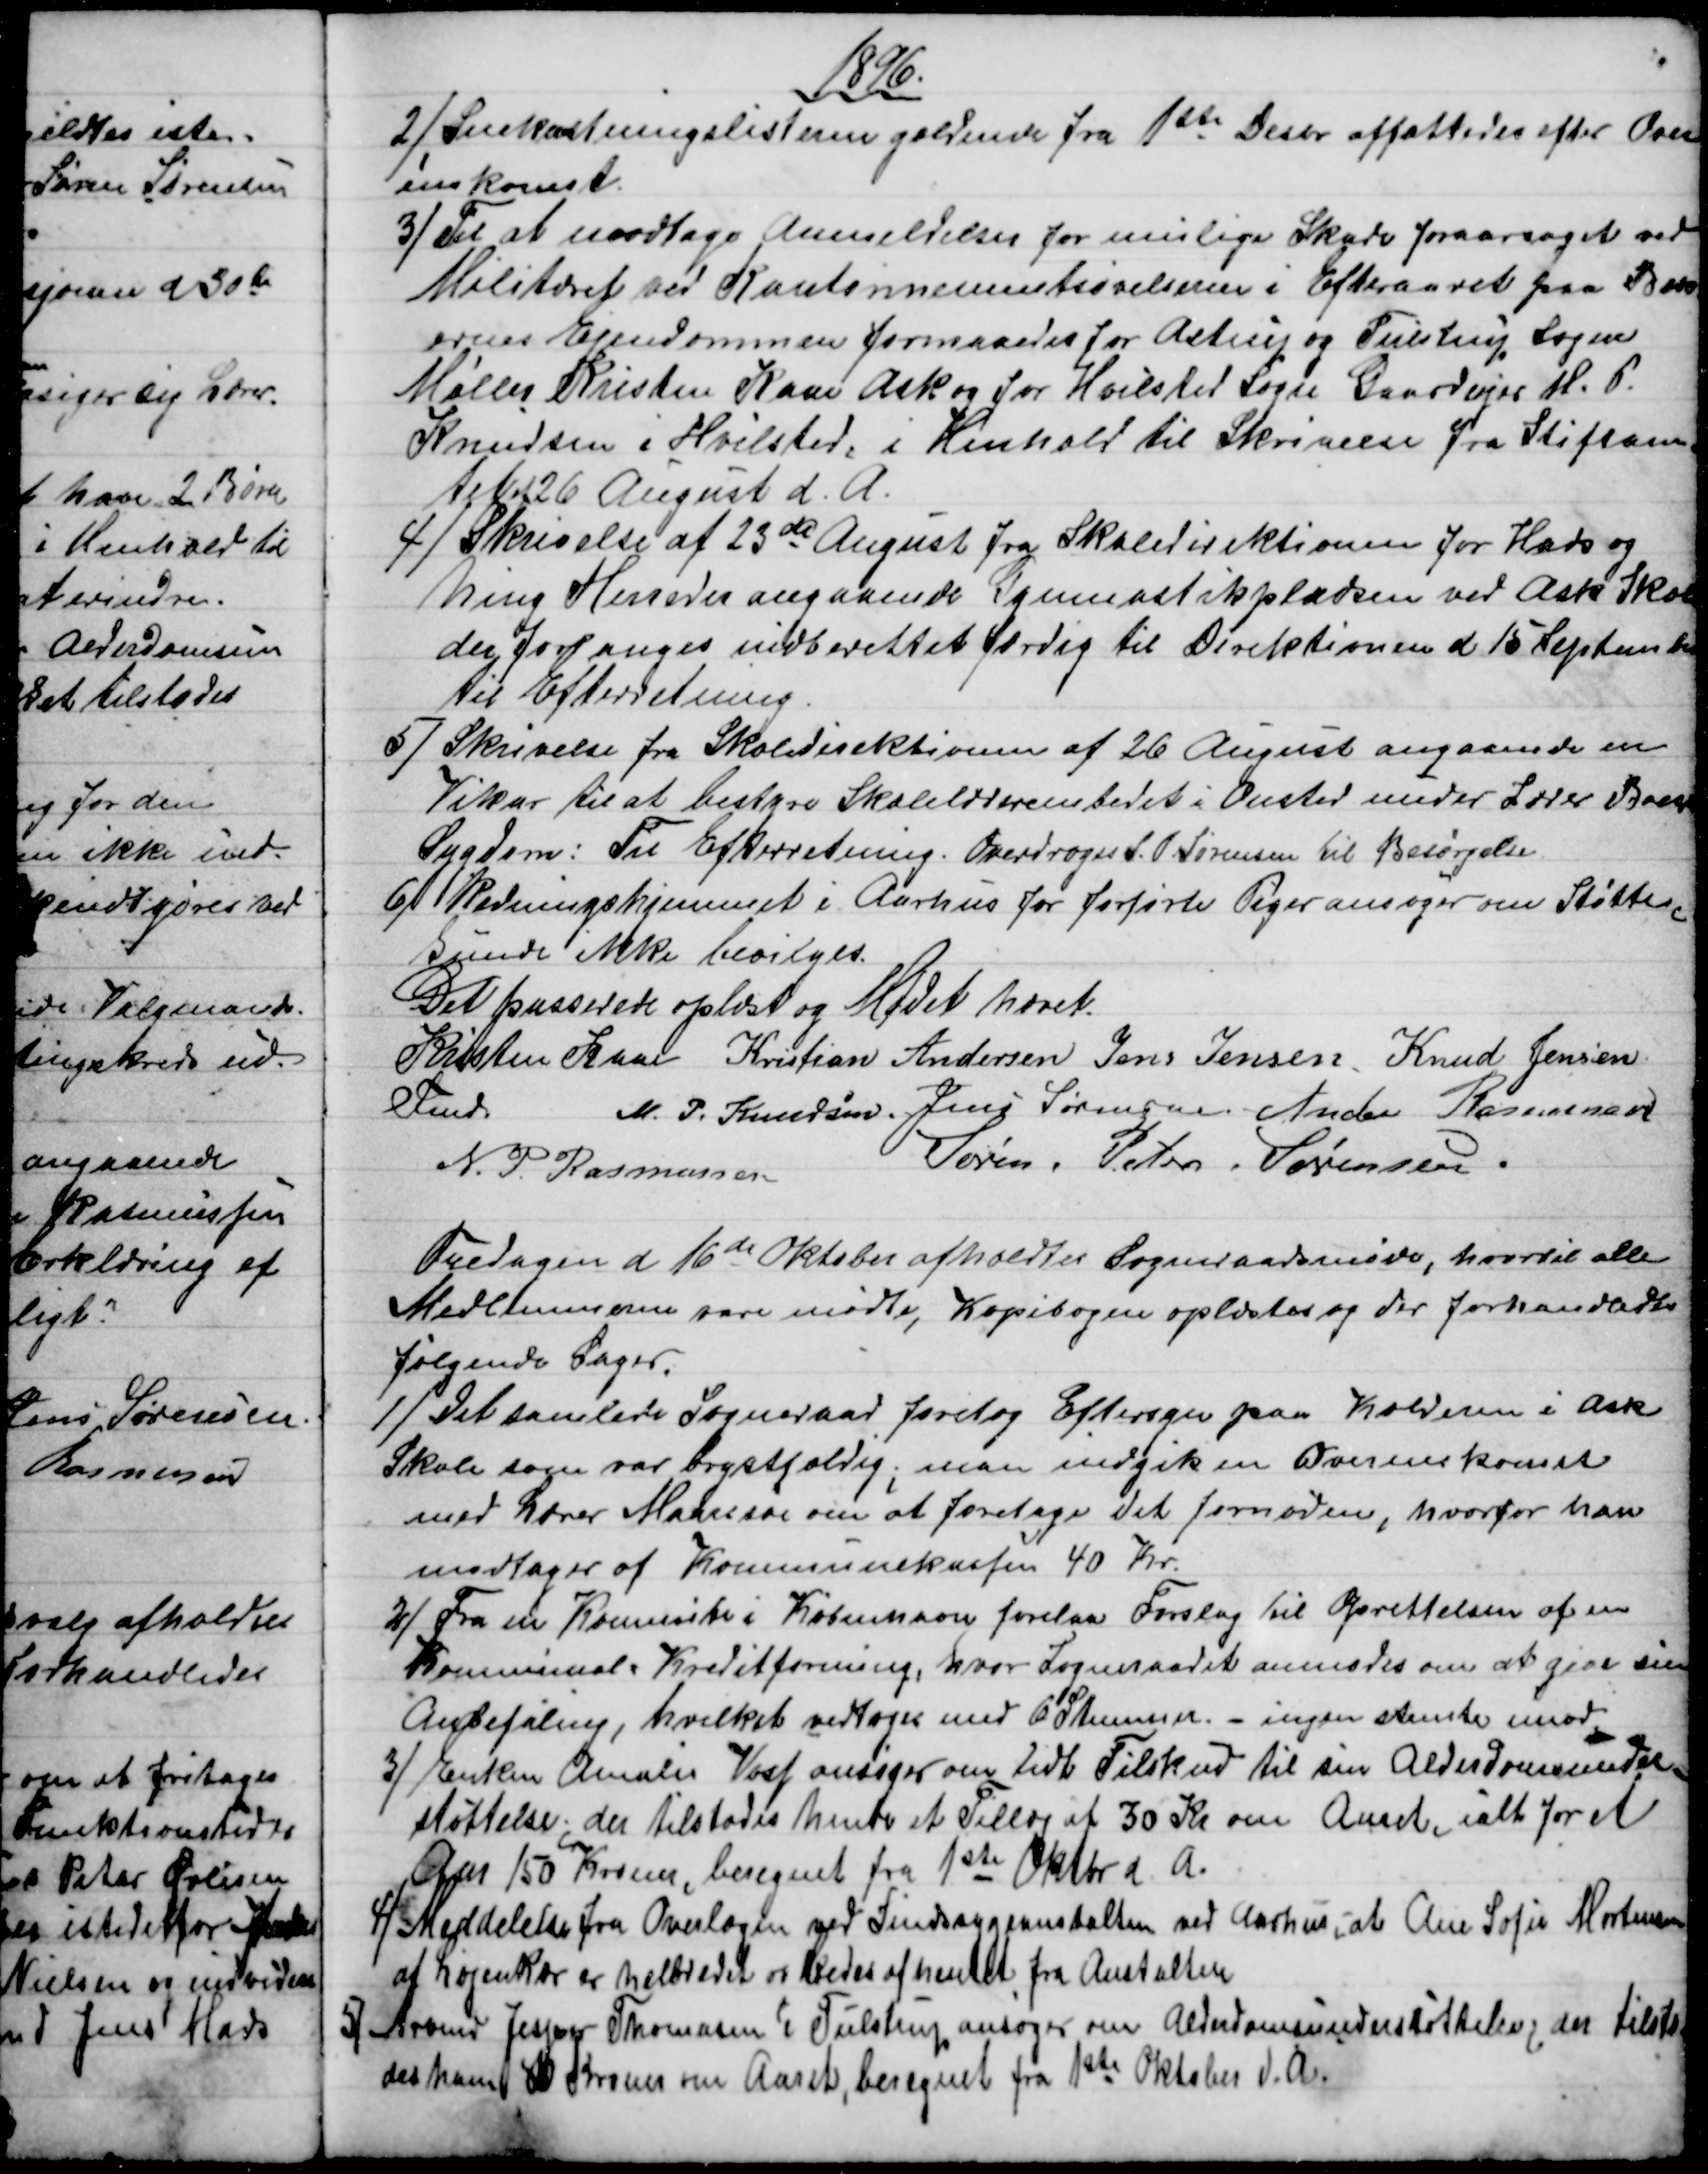
Transskription:
1896
2) 
Snekastningslisterne gældende fra 1ste Decbr affattedes efter Over
inskomst.
3)
Til at modtage Anmeldelser for mulige Skade foraarsaget ved
Militæret ved Kantonnementsøvelserne i Efteraaret paa Bebo
ernes Ejendommen formaaedes for Astrup og Tulstrup Sogne
Møller Kristen Kaae Ask og for Hvilsted Sogn Gaardejer M. P.
Knudsen i Hvilsted, i Henhold til Skrivelse fra Stiftam-
tet af 26 August d. A.
4) 
Skrivelse af 23de August fra Skoledirektionen for Hads og
Ning Herreder angaaende Gymnastikpladsen ved Ask Skole
der forlanges indberettet færdig til Direktionen d 15 September
Til Efterretning.
5) 
Skrivelse fra Skoledirektionen af 26 August angaaende en
Vikar til at bestyre Skolelærerembedet i Onsted under Lærer Boes
Sygdom. Til Efterretning. Overdroges S. P. Sørensen til Besørgelse.
6) 
Redningshjemmet i Aarhus for forførte Piger ansøger om Støtte,
kunde ikke bevilges.
Det passerede oplæst og Mødet hævet.
Kristen Kaae 
Fmd.
Kristian Andersen Jens Jensen. Knud Jensen
M. P. Knudsen. Jens Sørensen. Anders Rasmussen
N. P. Rasmussen
Søren. Peter. Sørensen.
Fredagen d 16de Oktober afholdtes Sogneraadsmøde, hvortil alle
Medlemmerne vare mødte, Kopibogen oplæstes og der forhandledes
følgende Sager.
1) 
Det samlede Sogneraad foretog Eftersyn paa Kælderen i Ask
Skole som var brystfældig; man indgik en Overenskomst
med Lærer Maansøe om at foretage det fornødne, hvorfor han
modtager af Kommunekassen 40 Kr.
2) 
Fra en Kommite i København forelaa Forslag til Oprettelsen af en
Kommunal Kreditforening, hvor Sogneraadet anmodes om at give sin
Anbefaling, hvilket vedtoges med 6 Stemmer. - ingen stemte imod,
3) 
Enken Amalie Voss ansøger om lidt Tilskud til sin Alderdomsunder-
støttelse, der tilstodes hende et Tillæg af 30 Kr om Aaret, ialt for et
Aar 150 Kroner, beregnet fra 1ste Oktbr d. A.
4) 
Meddelelse fra Overlægen ved Sindssygeanstalten ved Aarhus, at Ane Sofie Mortensen
af Løjenkær er helbredet og bedes afhentet fra Anstalten
5) 
Arbmd Jesper Thomasen i Tulstrup ansøger om Alderdomsunderstøttelse, der tilsto
des ham 80 Kroner om Aaret, beregnet fra 1ste Oktober d. A.